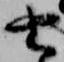
由